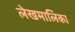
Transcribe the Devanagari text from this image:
लेखमालिका